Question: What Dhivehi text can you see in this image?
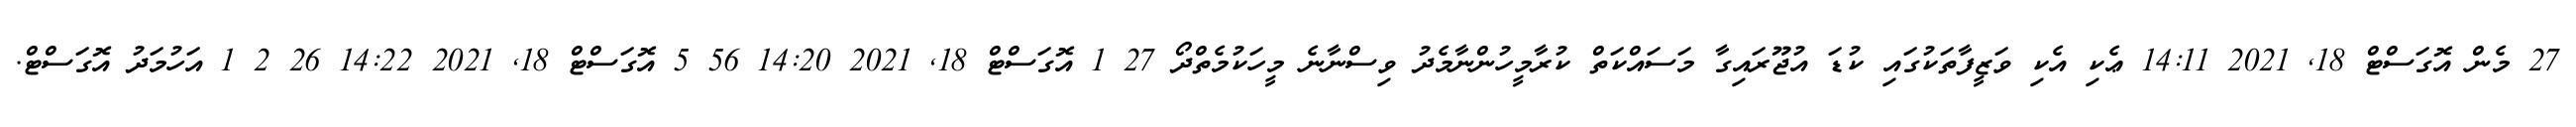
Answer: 27 މެން އޮގަސްޓް 18, 2021 14:11 ޢެކި އެކި ވަޒީފާތަކުގައި ކުޑަ އުޖޫރައިގާ މަސައްކަތް ކުރާމީހުންނާމެދު ވިސްނާނެ މީހަކުމެތްދޯ 27 1 އޮގަސްޓް 18, 2021 14:20 56 5 އޮގަސްޓް 18, 2021 14:22 26 2 1 އަހުމަދު އޮގަސްޓް.